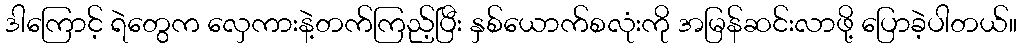
ဒါကြောင့် ရဲတွေက လှေကားနဲ့တက်ကြည့်ပြီး နှစ်ယောက်စလုံးကို အမြန်ဆင်းလာဖို့ ပြောခဲ့ပါတယ်။